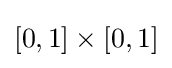
[0,1]\times [0,1]